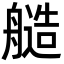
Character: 䒃